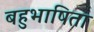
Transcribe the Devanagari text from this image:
बहुभाषिता